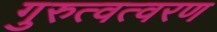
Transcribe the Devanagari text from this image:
गुरुत्वत्वरण